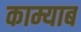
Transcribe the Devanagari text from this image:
काम्याब